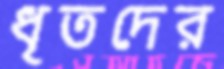
ধৃতদের